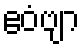
ဧဝံဗျာ